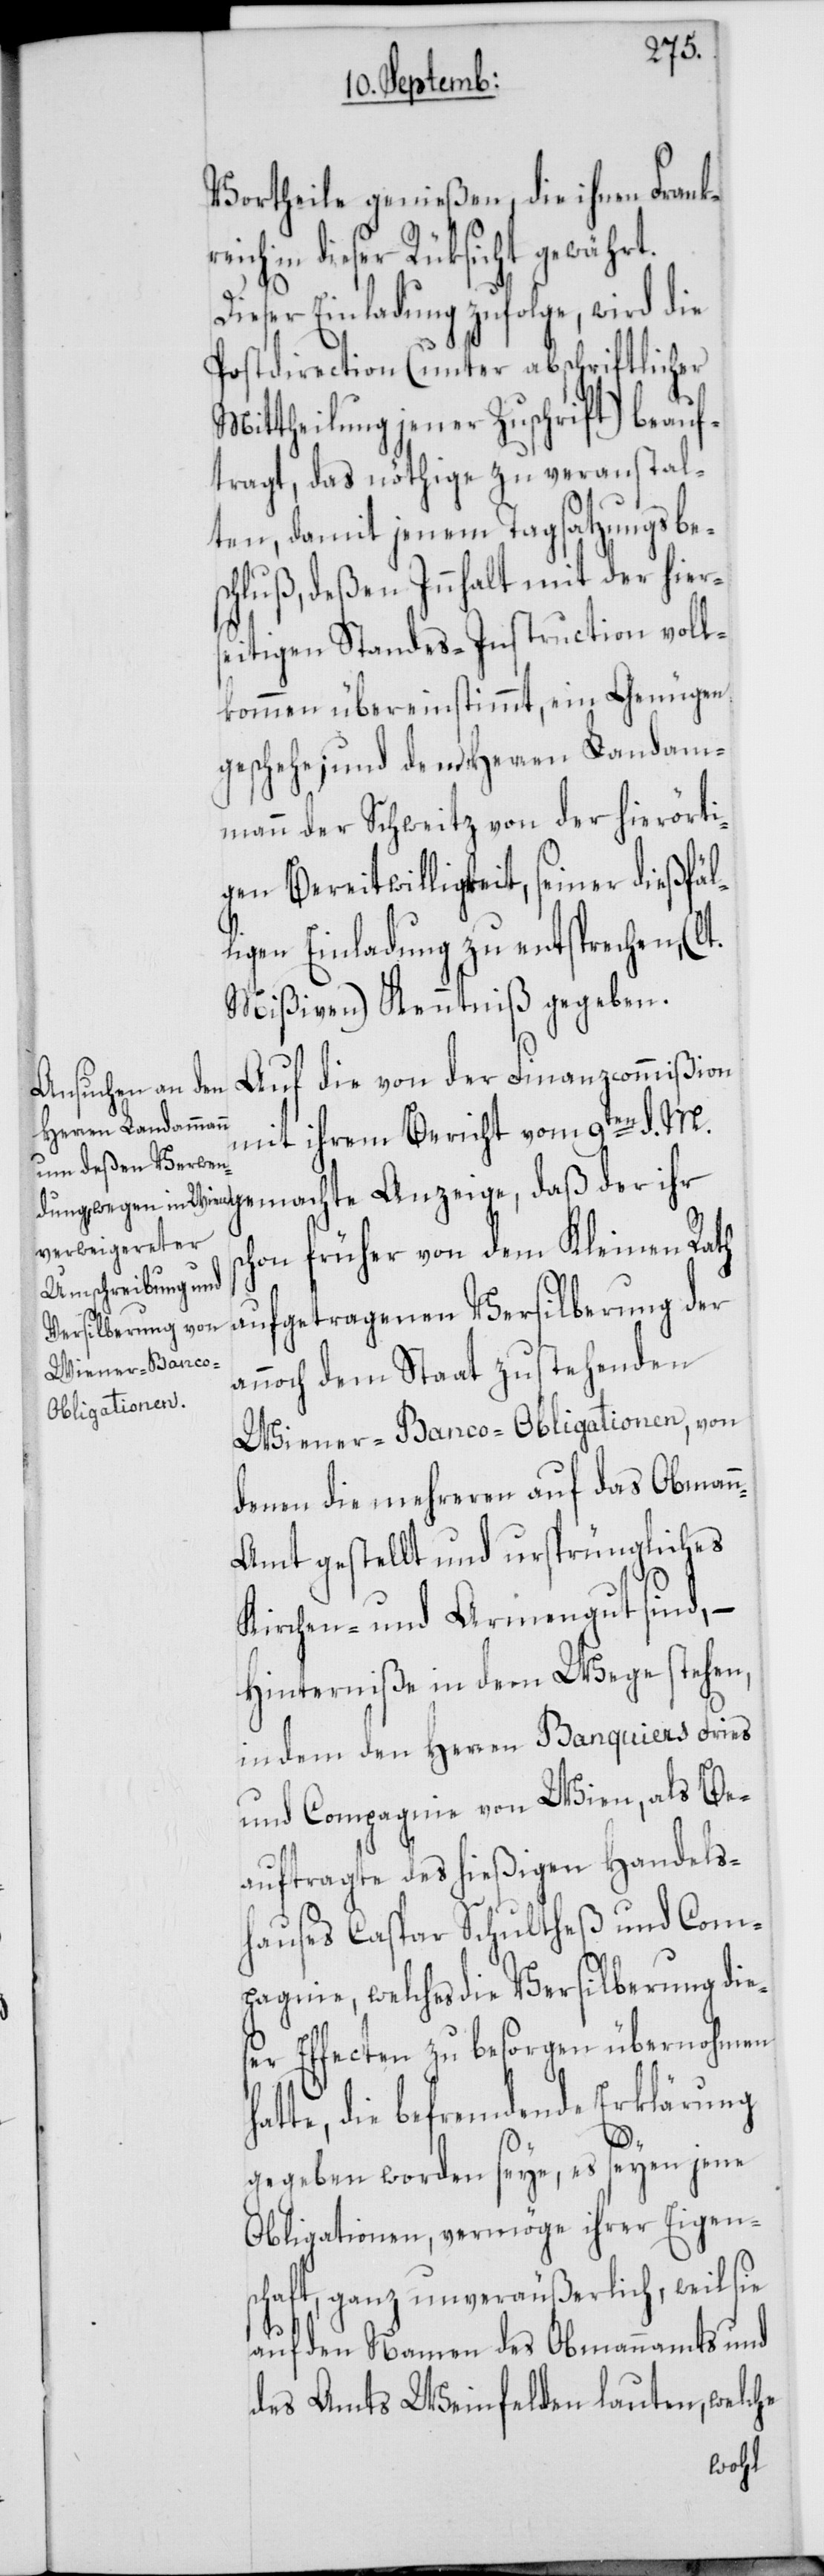
Vortheile genießen, die ihnen Frankr¬
eich in dieser Rüksicht gewährt.
Dieser Einladung zufolge, wird die
Postdirection (unter abschriftlicher
Mittheilung jener Zuschrift) beauf¬
tragt, das nöthige zu veranstal¬
ten, damit jenem Tagsatzungsbes¬
chluß, deßen Innhalt mit der hier¬
seitigen Standes-Instruction voll¬
kommen übereinstimmt, ein Genügen
geschehe; und dem Herren Landam¬
mann der Schweitz von der hierörti¬
gen Bereitwilligkeit, seiner dießfäl¬
ligen Einladung zu entsprechen, (l¬
Mißiven) Kenntniß gegeben.
Auf die von der Finanzcommißion
Anzeige, daß der
mit ihrem Bericht vom 9ten d. M.
chon früher von dem Kleinen Rath
aufgetragenen Versilberung der
annoch dem Staat zustehenden
Wiener-Banco-Obligationen , von
denen die mehreren auf das Obman¬
n-Amt gestellt und ursprüngliches
Kirchen- und Armengut sind, –
Hinterniße in dem Wege stehen,
indem den Herren Banquiers Fries
und Compagnie von Wien, als Be¬
auftragte des hießigen Handels¬
hauses Caspar Schultheß und Com¬
pagnie, welches die Versilberung dies¬
er Effecten zu besorgen übernohmen
te, die befremdende Erklärung
s¬
gegeben worden seye, es seyen jene
Obligationen, vermöge ihrer Eigens¬
chaft, ganz unveräußerlich, weil sie
auf den Namen des Obmannamts und
des Amts Weinfelden lauten, welche
hat¬